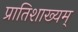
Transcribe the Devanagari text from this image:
प्रातिशाख्यम्